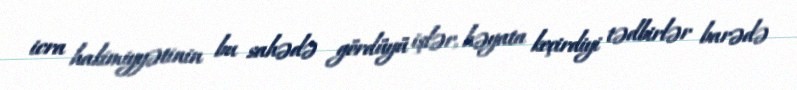
icra hakimiyyətinin bu sahədə gördüyü işlər, həyata keçirdiyi tədbirlər barədə